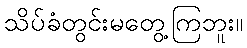
သိပ်ခံတွင်းမတွေ့ကြဘူး။